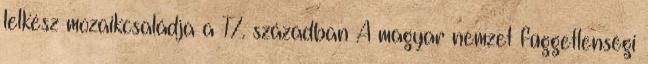
lelkész mozaikcsaládja a 17. században A magyar nemzet függetlenségi